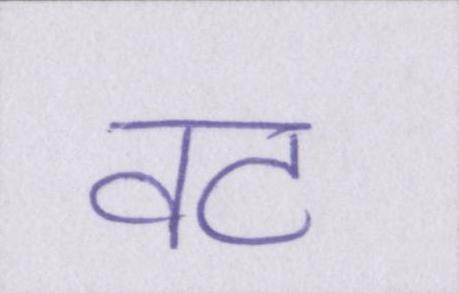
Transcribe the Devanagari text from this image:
वट